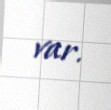
var.